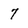
Character: 7